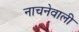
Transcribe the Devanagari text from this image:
नाचनेवाली